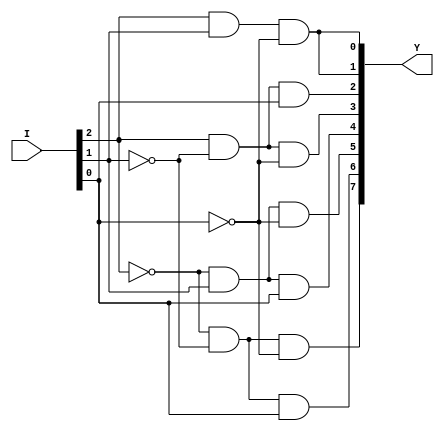
module decoder83(I,Y);
input [0:2]I;
output [0:7]Y;
assign Y[0]=~I[0]&~I[1]&~I[2];
assign Y[1]=~I[0]&~I[1]&I[2];
assign Y[2]=~I[0]&I[1]&~I[2];
assign Y[3]=~I[0]&I[1]&I[2];
assign Y[4]=I[0]&~I[1]&~I[2];
assign Y[5]=I[0]&~I[1]&I[2];
assign Y[6]=I[0]&I[1]&~I[2];
assign Y[7]=I[0]&I[1]&~I[2];
endmodule